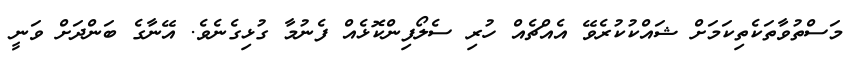
މަސްތުވާތަކެތިކަމަށް ޝައްކުކުރެވޭ އެއްޗެއް ހުރި ސެލޯފިންކޮޅެއް ފެނުމާ ގުޅިގެނެވެ. އޭނާގެ ބަންދަށް ވަނީ